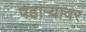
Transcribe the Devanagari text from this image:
पहाऱ्यावर